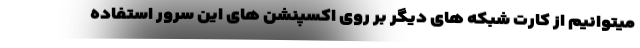
میتوانیم از کارت شبکه های دیگر بر روی اکسپنشن های این سرور استفاده